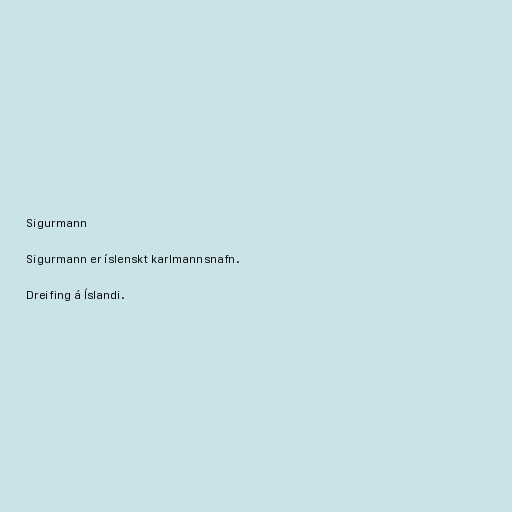
Sigurmann

Sigurmann er íslenskt karlmannsnafn.

Dreifing á Íslandi.